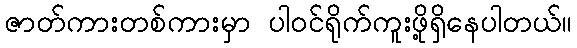
ဇာတ်ကားတစ်ကားမှာ ပါဝင်ရိုက်ကူးဖို့ရှိနေပါတယ်။